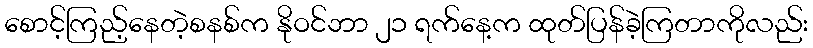
စောင့်ကြည့်နေတဲ့စနစ်က နိုဝင်ဘာ ၂၁ ရက်နေ့က ထုတ်ပြန်ခဲ့ကြတာကိုလည်း